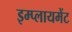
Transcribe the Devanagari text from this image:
इम्प्लायमेंट